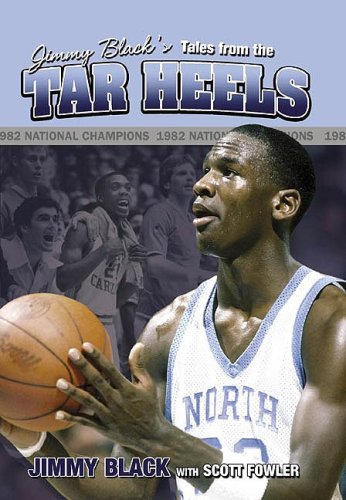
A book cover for Jimmy Black's Tales from the Tar Heels; Jimmy Black; Sports & Outdoors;